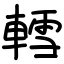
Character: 轌